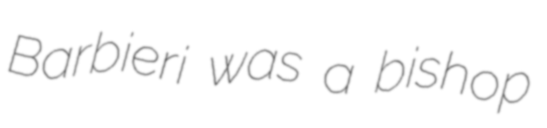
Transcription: Barbieri was a bishop